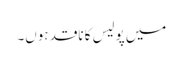
میں پولیس کا ناقد ہوں۔